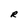
Character: R